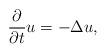
LaTeX: \begin{align*}\frac{\partial}{\partial t}u=-\Delta u,\end{align*}